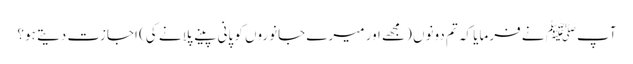
آپﷺ نے فرمایا کہ تم دونوں (مجھے اور میرے جانوروں کو پانی پینے پلانے کی) اجازت دیتے ہو؟